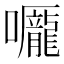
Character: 𡅃